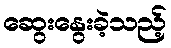
ဆွေးနွေးခဲ့သည့်